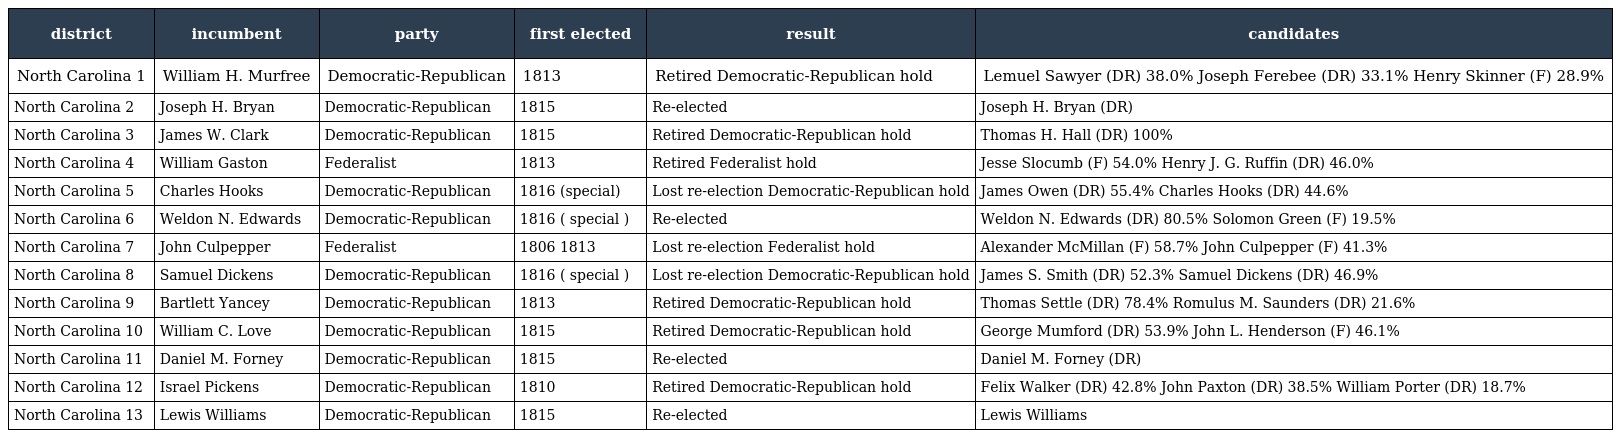
| district | incumbent | party | first elected | result | candidates |
 | --- | --- | --- | --- | --- | --- |
 | North Carolina 1 | William H. Murfree | Democratic-Republican | 1813 | Retired Democratic-Republican hold | Lemuel Sawyer (DR) 38.0% Joseph Ferebee (DR) 33.1% Henry Skinner (F) 28.9% |
 | North Carolina 2 | Joseph H. Bryan | Democratic-Republican | 1815 | Re-elected | Joseph H. Bryan (DR) |
 | North Carolina 3 | James W. Clark | Democratic-Republican | 1815 | Retired Democratic-Republican hold | Thomas H. Hall (DR) 100% |
 | North Carolina 4 | William Gaston | Federalist | 1813 | Retired Federalist hold | Jesse Slocumb (F) 54.0% Henry J. G. Ruffin (DR) 46.0% |
 | North Carolina 5 | Charles Hooks | Democratic-Republican | 1816 (special) | Lost re-election Democratic-Republican hold | James Owen (DR) 55.4% Charles Hooks (DR) 44.6% |
 | North Carolina 6 | Weldon N. Edwards | Democratic-Republican | 1816 ( special ) | Re-elected | Weldon N. Edwards (DR) 80.5% Solomon Green (F) 19.5% |
 | North Carolina 7 | John Culpepper | Federalist | 1806 1813 | Lost re-election Federalist hold | Alexander McMillan (F) 58.7% John Culpepper (F) 41.3% |
 | North Carolina 8 | Samuel Dickens | Democratic-Republican | 1816 ( special ) | Lost re-election Democratic-Republican hold | James S. Smith (DR) 52.3% Samuel Dickens (DR) 46.9% |
 | North Carolina 9 | Bartlett Yancey | Democratic-Republican | 1813 | Retired Democratic-Republican hold | Thomas Settle (DR) 78.4% Romulus M. Saunders (DR) 21.6% |
 | North Carolina 10 | William C. Love | Democratic-Republican | 1815 | Retired Democratic-Republican hold | George Mumford (DR) 53.9% John L. Henderson (F) 46.1% |
 | North Carolina 11 | Daniel M. Forney | Democratic-Republican | 1815 | Re-elected | Daniel M. Forney (DR) |
 | North Carolina 12 | Israel Pickens | Democratic-Republican | 1810 | Retired Democratic-Republican hold | Felix Walker (DR) 42.8% John Paxton (DR) 38.5% William Porter (DR) 18.7% |
 | North Carolina 13 | Lewis Williams | Democratic-Republican | 1815 | Re-elected | Lewis Williams |